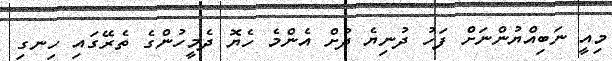
މިއީ ނަބިއްޔުންނަށް ފަހު ދުނިޔެ ދުށް އެންމެ ހެޔޮ ދެމީހުންގެ ތެރޭގައި ހިނގި